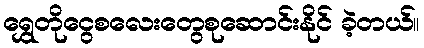
ရွှေတိုငွေစလေးတွေစုဆောင်းနိုင် ခဲ့တယ်။